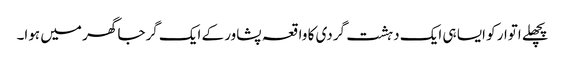
پچھلے اتوار کو ایسا ہی ایک دہشت گردی کا واقعہ پشاور کے ایک گرجا گھر میں ہوا۔